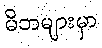
မိဘများမှာ